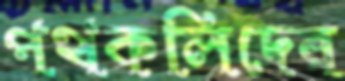
পথকলিদের